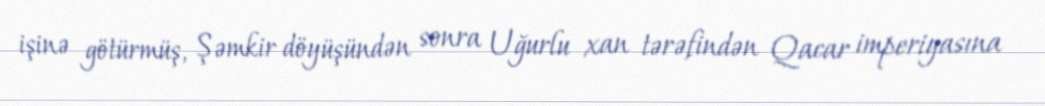
işinə götürmüş, Şəmkir döyüşündən sonra Uğurlu xan tərəfindən Qacar imperiyasına